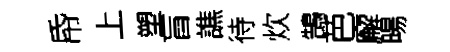
帋上塑盲譙待炊鵠芭廨暘